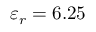
\varepsilon _ { r } = 6 . 2 5